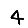
Digit: 4